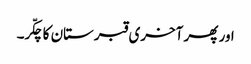
اور پھر آخری قبرستان کا چکّر۔